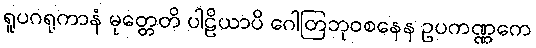
ရူပဂရုကာနံ မုတ္တေတိ ပါဠိယာပိ ဂေါတြဘုဝစနေန ဥပကဏ္ဏကေ